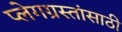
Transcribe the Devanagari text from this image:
प्लेगग्रस्तांसाठी